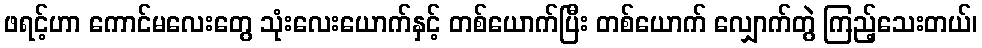
ဖရင့်ဟာ ကောင်မလေးတွေ သုံးလေးယောက်နှင့် တစ်ယောက်ပြီး တစ်ယောက် လျှောက်တွဲ ကြည့်သေးတယ်၊